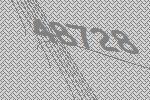
48728